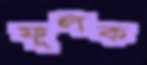
ফুলক